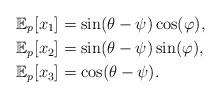
LaTeX: \begin{align*}\mathbb{E}_p[x_1] &= \sin(\theta-\psi)\cos(\varphi),\\\mathbb{E}_p[x_2] &= \sin(\theta-\psi)\sin(\varphi),\\\mathbb{E}_p[x_3] &= \cos(\theta-\psi).\end{align*}